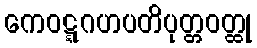
ကေဝဋ္ဋဂဟပတိပုတ္တဝတ္ထု